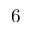
6